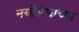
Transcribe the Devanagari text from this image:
नर्योसंघाच्या